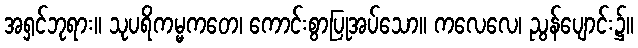
အရှင်ဘုရား။ သုပရိကမ္မကတေ၊ ကောင်းစွာပြုအပ်သော။ ကလေလေ၊ ညွန်ပျောင်း၌။